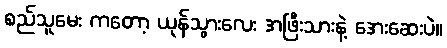
စည်သူမေး ကတော့ ယုန်သွားလေး အဖြီးသားနဲ့ အေးဆေးပဲ။